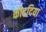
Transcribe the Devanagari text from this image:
कोटदिया